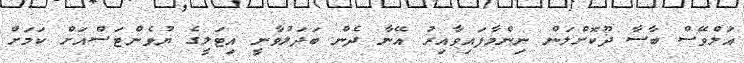
އަލްވޭސް ބާސާ ދޫކޮށްލަން ނިންމާފައިވާއިރު އޭނާ ދެން ބަދަލުވާނީ އިޓަލީގެ ޔުވެންޓަސްއަށް ކަމަށް